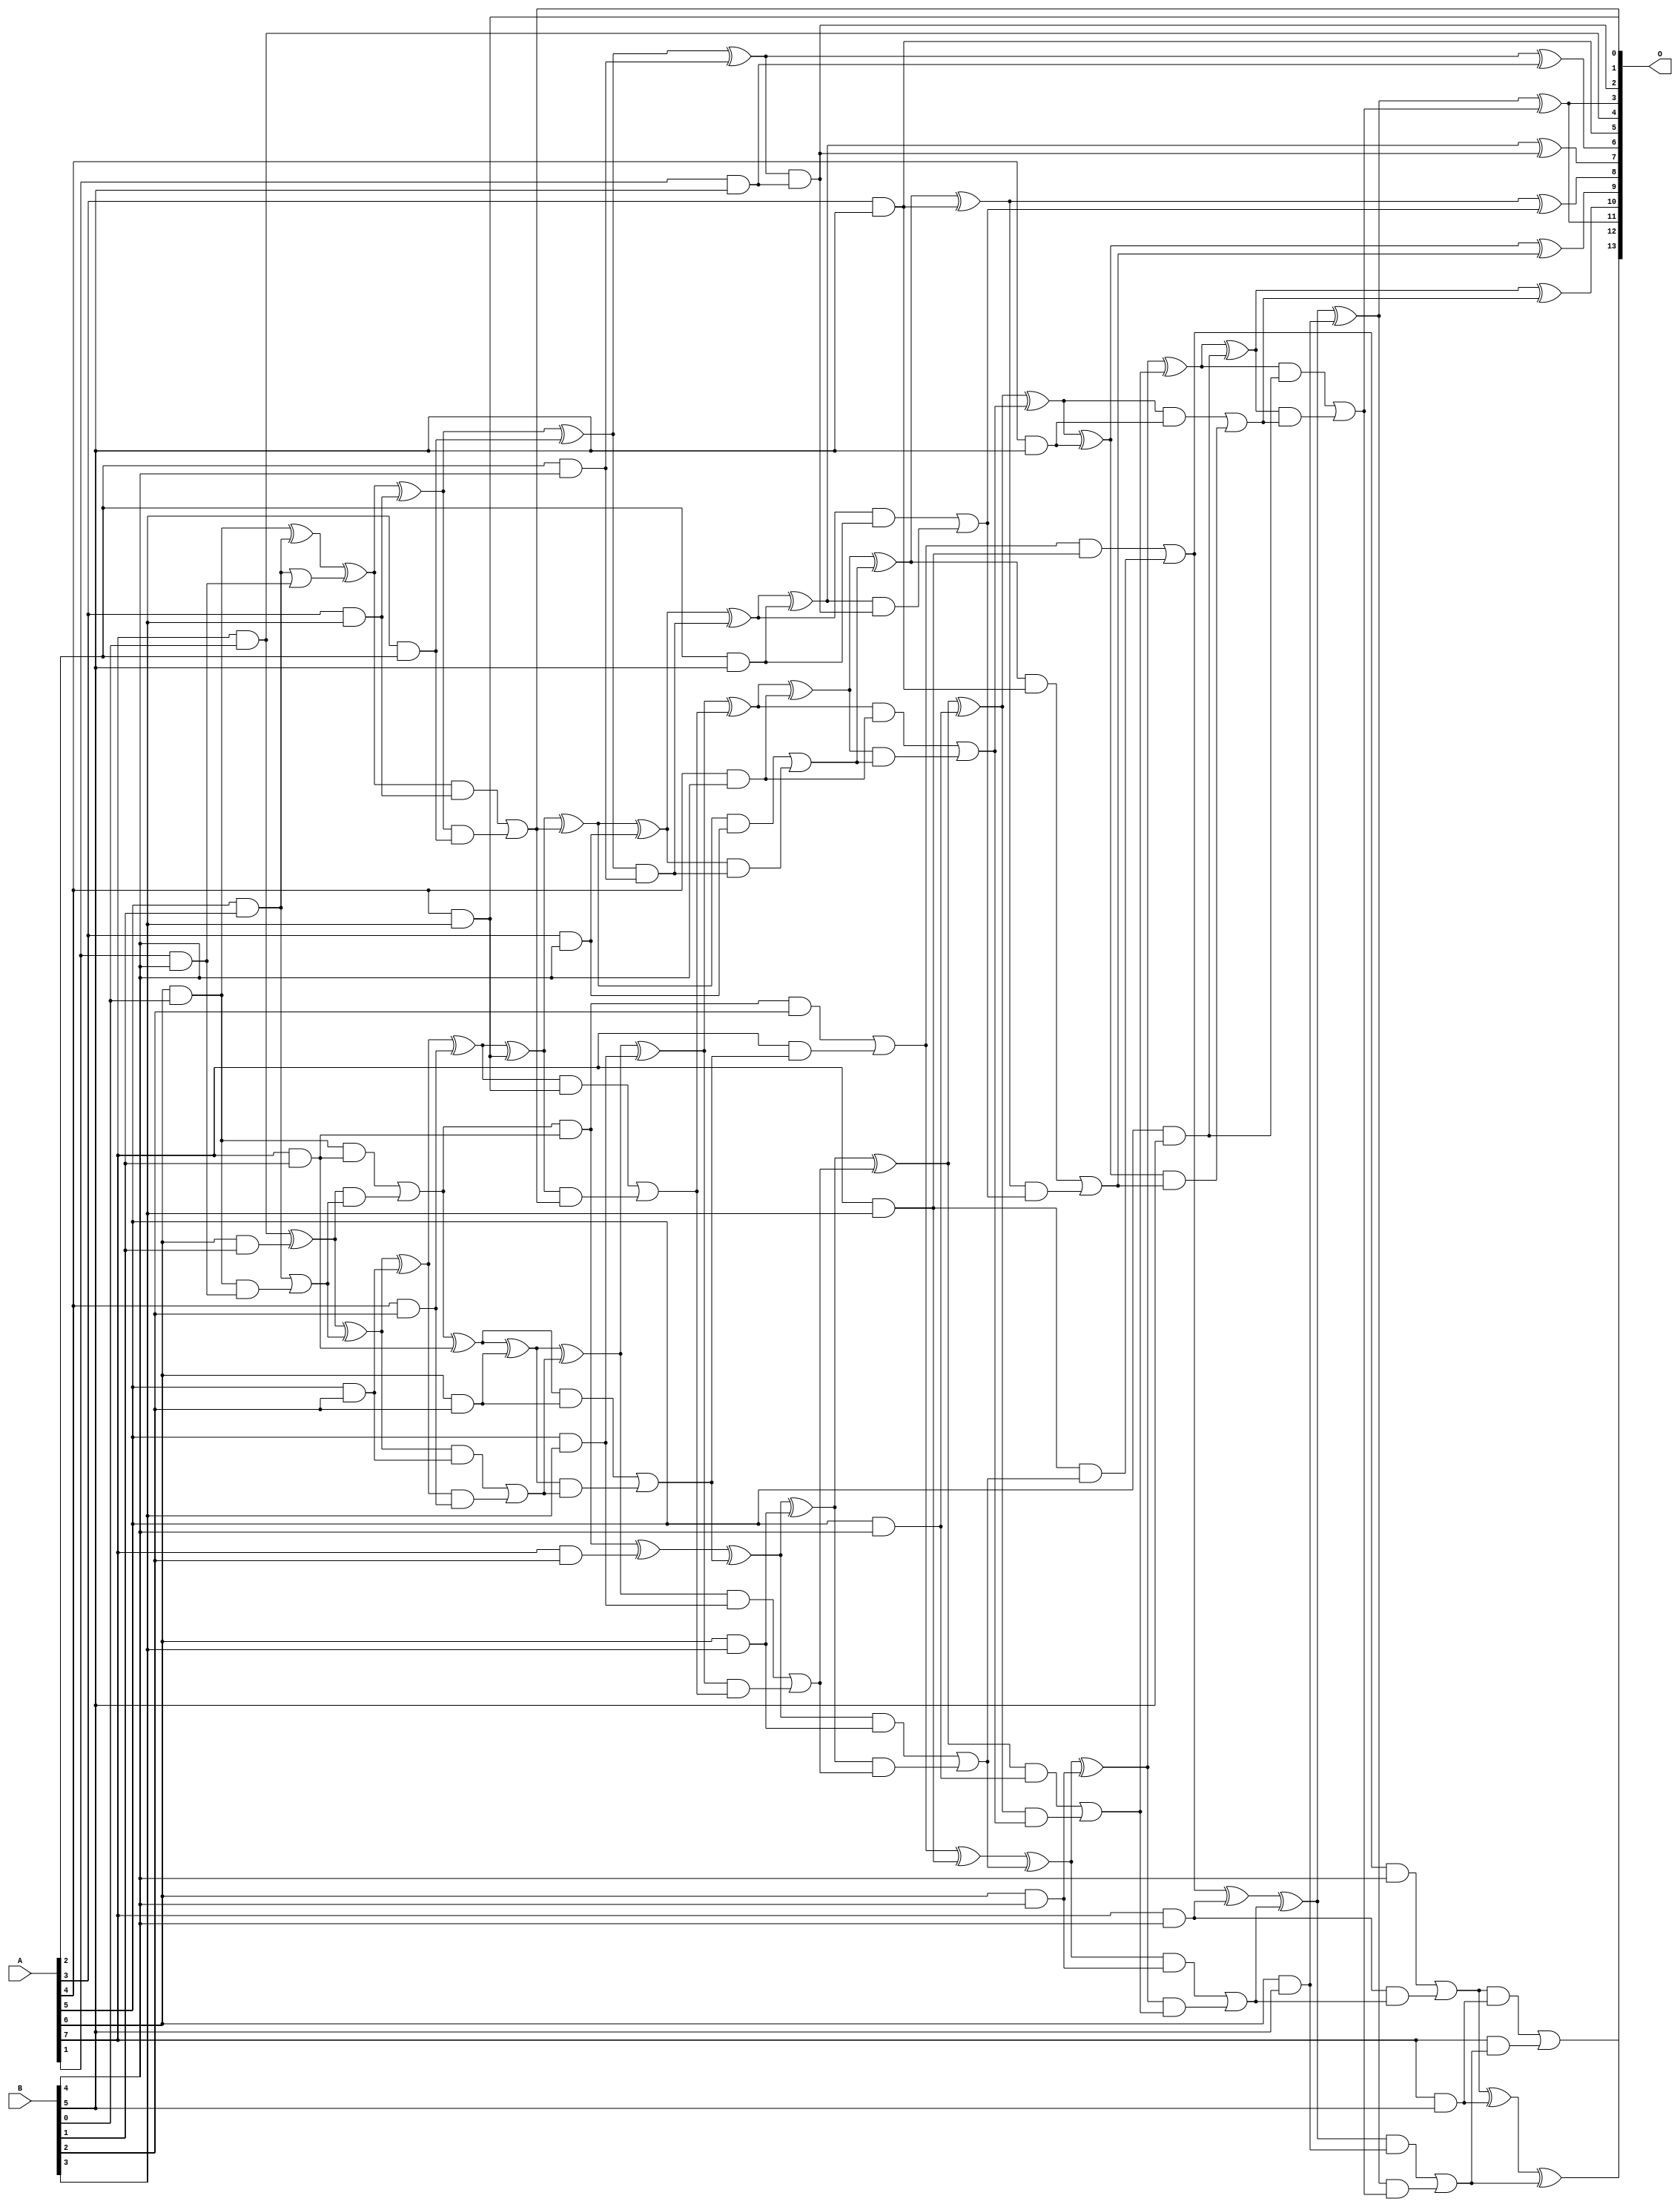
// This program was cloned from: https://github.com/ehw-fit/evoapproxlib
// License: MIT License

/***
* This code is a part of EvoApproxLib library (ehw.fit.vutbr.cz/approxlib) distributed under The MIT License.
* When used, please cite the following article(s): V. Mrazek, L. Sekanina, Z. Vasicek "Libraries of Approximate Circuits: Automated Design and Application in CNN Accelerators" IEEE Journal on Emerging and Selected Topics in Circuits and Systems, Vol 10, No 4, 2020 
* This file contains a circuit from a sub-set of pareto optimal circuits with respect to the pwr and mre parameters
***/
// MAE% = 0.20 %
// MAE = 32 
// WCE% = 0.74 %
// WCE = 121 
// WCRE% = 100.00 %
// EP% = 95.88 %
// MRE% = 4.51 %
// MSE = 1613 
// PDK45_PWR = 0.166 mW
// PDK45_AREA = 355.3 um2
// PDK45_DELAY = 1.17 ns

module mul8x6u_3E7 (
    A,
    B,
    O
);

input [7:0] A;
input [5:0] B;
output [13:0] O;

wire sig_17,sig_20,sig_21,sig_26,sig_27,sig_28,sig_29,sig_33,sig_44,sig_52,sig_54,sig_55,sig_56,sig_57,sig_59,sig_60,sig_61,sig_62,sig_63,sig_68;
wire sig_69,sig_70,sig_71,sig_94,sig_95,sig_96,sig_97,sig_98,sig_99,sig_100,sig_101,sig_102,sig_103,sig_104,sig_105,sig_106,sig_107,sig_108,sig_112,sig_113;
wire sig_114,sig_115,sig_116,sig_125,sig_129,sig_130,sig_131,sig_132,sig_133,sig_134,sig_135,sig_136,sig_137,sig_138,sig_139,sig_140,sig_141,sig_142,sig_143,sig_144;
wire sig_145,sig_146,sig_147,sig_148,sig_149,sig_150,sig_151,sig_152,sig_153,sig_156,sig_157,sig_158,sig_159,sig_160,sig_161,sig_169,sig_170,sig_174,sig_175,sig_176;
wire sig_177,sig_178,sig_179,sig_180,sig_181,sig_182,sig_183,sig_184,sig_185,sig_186,sig_187,sig_188,sig_189,sig_190,sig_191,sig_192,sig_193,sig_194,sig_195,sig_196;
wire sig_197,sig_198,sig_200,sig_201,sig_202,sig_203,sig_204,sig_205,sig_206,sig_209,sig_210,sig_214,sig_215,sig_216,sig_217,sig_218,sig_219,sig_220,sig_221,sig_222;
wire sig_223,sig_224,sig_225,sig_226,sig_227,sig_228,sig_229,sig_230,sig_231,sig_232,sig_233,sig_234,sig_235,sig_236,sig_237,sig_238,sig_239,sig_240,sig_241,sig_242;
wire sig_243;

assign sig_17 = A[1] & B[4];
assign sig_20 = A[6] & B[0];
assign sig_21 = A[7] & B[0];
assign sig_26 = A[6] & B[0];
assign sig_27 = A[5] & B[1];
assign sig_28 = A[6] & B[1];
assign sig_29 = A[7] & B[1];
assign sig_33 = sig_20 & sig_29;
assign sig_44 = sig_27 | sig_17;
assign sig_52 = sig_26 ^ sig_27;
assign sig_54 = sig_20 & sig_17;
assign sig_55 = sig_52 ^ sig_44;
assign sig_56 = sig_27 | sig_54;
assign sig_57 = sig_21 ^ sig_28;
assign sig_59 = sig_57 & sig_56;
assign sig_60 = sig_57 ^ sig_56;
assign sig_61 = sig_33 | sig_59;
assign sig_62 = sig_61 & sig_29;
assign sig_63 = sig_61 ^ sig_29;
assign sig_68 = A[4] & B[2];
assign sig_69 = A[5] & B[2];
assign sig_70 = A[6] & B[2];
assign sig_71 = A[7] & B[2];
assign sig_94 = sig_60 ^ sig_69;
assign sig_95 = sig_60 & sig_69;
assign sig_96 = sig_94 & sig_68;
assign sig_97 = sig_94 ^ sig_68;
assign sig_98 = sig_95 | sig_96;
assign sig_99 = sig_63 ^ sig_70;
assign sig_100 = sig_63 & sig_70;
assign sig_101 = sig_99 & sig_98;
assign sig_102 = sig_99 ^ sig_98;
assign sig_103 = sig_100 | sig_101;
assign sig_104 = sig_62 ^ sig_71;
assign sig_105 = sig_62 & B[2];
assign sig_106 = A[7] & sig_103;
assign sig_107 = sig_104 ^ sig_103;
assign sig_108 = sig_105 | sig_106;
assign sig_112 = A[3] & B[3];
assign sig_113 = A[4] & B[3];
assign sig_114 = A[5] & B[3];
assign sig_115 = A[6] & B[3];
assign sig_116 = A[7] & B[3];
assign sig_125 = B[3] & A[2];
assign sig_129 = sig_55 ^ sig_112;
assign sig_130 = sig_55 & sig_112;
assign sig_131 = sig_129 & sig_125;
assign sig_132 = sig_129 ^ sig_125;
assign sig_133 = sig_130 | sig_131;
assign sig_134 = sig_97 ^ sig_113;
assign sig_135 = sig_97 & sig_113;
assign sig_136 = sig_134 & sig_133;
assign sig_137 = sig_134 ^ sig_133;
assign sig_138 = sig_135 | sig_136;
assign sig_139 = sig_102 ^ sig_114;
assign sig_140 = sig_102 & sig_114;
assign sig_141 = sig_139 & sig_138;
assign sig_142 = sig_139 ^ sig_138;
assign sig_143 = sig_140 | sig_141;
assign sig_144 = sig_107 ^ sig_115;
assign sig_145 = sig_107 & sig_115;
assign sig_146 = sig_144 & sig_143;
assign sig_147 = sig_144 ^ sig_143;
assign sig_148 = sig_145 | sig_146;
assign sig_149 = sig_108 ^ sig_116;
assign sig_150 = sig_108 & sig_116;
assign sig_151 = sig_116 & sig_148;
assign sig_152 = sig_149 ^ sig_148;
assign sig_153 = sig_150 | sig_151;
assign sig_156 = A[2] & B[4];
assign sig_157 = A[3] & B[4];
assign sig_158 = A[4] & B[4];
assign sig_159 = A[5] & B[4];
assign sig_160 = A[6] & B[4];
assign sig_161 = A[7] & B[4];
assign sig_169 = sig_132 ^ sig_156;
assign sig_170 = sig_132 & sig_156;
assign sig_174 = sig_137 ^ sig_157;
assign sig_175 = sig_137 & sig_157;
assign sig_176 = sig_174 & sig_170;
assign sig_177 = sig_174 ^ sig_170;
assign sig_178 = sig_175 | sig_176;
assign sig_179 = sig_142 ^ sig_158;
assign sig_180 = sig_142 & sig_158;
assign sig_181 = sig_179 & sig_178;
assign sig_182 = sig_179 ^ sig_178;
assign sig_183 = sig_180 | sig_181;
assign sig_184 = sig_147 ^ sig_159;
assign sig_185 = sig_147 & sig_159;
assign sig_186 = sig_184 & sig_183;
assign sig_187 = sig_184 ^ sig_183;
assign sig_188 = sig_185 | sig_186;
assign sig_189 = sig_152 ^ sig_160;
assign sig_190 = sig_152 & sig_160;
assign sig_191 = sig_189 & sig_188;
assign sig_192 = sig_189 ^ sig_188;
assign sig_193 = sig_190 | sig_191;
assign sig_194 = sig_153 ^ sig_161;
assign sig_195 = sig_153 & B[4];
assign sig_196 = sig_161 & sig_193;
assign sig_197 = sig_194 ^ sig_193;
assign sig_198 = sig_195 | sig_196;
assign sig_200 = A[1] & B[5];
assign sig_201 = A[2] & B[5];
assign sig_202 = A[3] & B[5];
assign sig_203 = A[4] & B[5];
assign sig_204 = A[5] & B[5];
assign sig_205 = A[6] & B[5];
assign sig_206 = A[7] & B[5];
assign sig_209 = sig_169 ^ sig_200;
assign sig_210 = sig_169 & sig_200;
assign sig_214 = sig_177 ^ sig_201;
assign sig_215 = sig_177 & sig_201;
assign sig_216 = sig_214 & sig_210;
assign sig_217 = sig_214 ^ sig_210;
assign sig_218 = sig_215 | sig_216;
assign sig_219 = sig_182 ^ sig_202;
assign sig_220 = sig_182 & sig_202;
assign sig_221 = sig_219 & sig_218;
assign sig_222 = sig_219 ^ sig_218;
assign sig_223 = sig_220 | sig_221;
assign sig_224 = sig_187 ^ sig_203;
assign sig_225 = sig_187 & sig_203;
assign sig_226 = sig_224 & sig_223;
assign sig_227 = sig_224 ^ sig_223;
assign sig_228 = sig_225 | sig_226;
assign sig_229 = sig_192 ^ sig_204;
assign sig_230 = sig_192 & sig_204;
assign sig_231 = sig_229 & sig_228;
assign sig_232 = sig_229 ^ sig_228;
assign sig_233 = sig_230 | sig_231;
assign sig_234 = sig_197 ^ sig_205;
assign sig_235 = sig_197 & sig_205;
assign sig_236 = sig_234 & sig_233;
assign sig_237 = sig_234 ^ sig_233;
assign sig_238 = sig_235 | sig_236;
assign sig_239 = sig_198 ^ sig_206;
assign sig_240 = sig_198 & sig_206;
assign sig_241 = A[7] & sig_238;
assign sig_242 = sig_239 ^ sig_238;
assign sig_243 = sig_240 | sig_241;

assign O[13] = sig_243;
assign O[12] = sig_242;
assign O[11] = sig_237;
assign O[10] = sig_232;
assign O[9] = sig_227;
assign O[8] = sig_222;
assign O[7] = sig_217;
assign O[6] = sig_209;
assign O[5] = sig_202;
assign O[4] = sig_21;
assign O[3] = sig_237;
assign O[2] = sig_210;
assign O[1] = sig_113;
assign O[0] = sig_133;

endmodule